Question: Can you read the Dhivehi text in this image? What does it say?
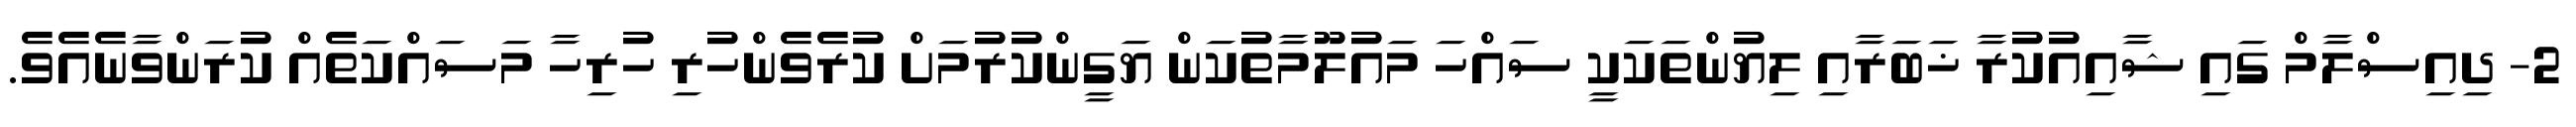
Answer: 2- ދިއިސްލާމް ގައި ޝާއިއުކުރާ ޚަބަރާއި ލިޔުންތަކަކީ ސައްހަ މައުލޫމާތުކަން ޔަގީންކުރުމަށް ކުރެވެންހުރި ހުރިހާ މަސައްކަތެއް ކުރަންވާނެއެވެ.